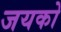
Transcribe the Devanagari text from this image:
जयको